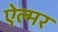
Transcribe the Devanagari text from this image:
ऐल्मर